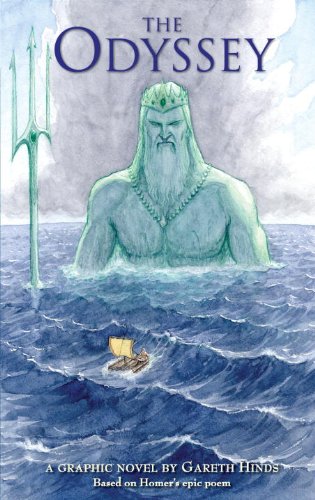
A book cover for The Odyssey; Gareth Hinds; Teen & Young Adult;